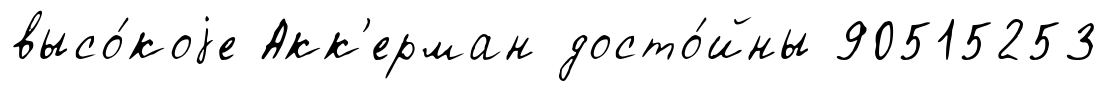
высо́коjе Акк'ерман досто́йны 90515253